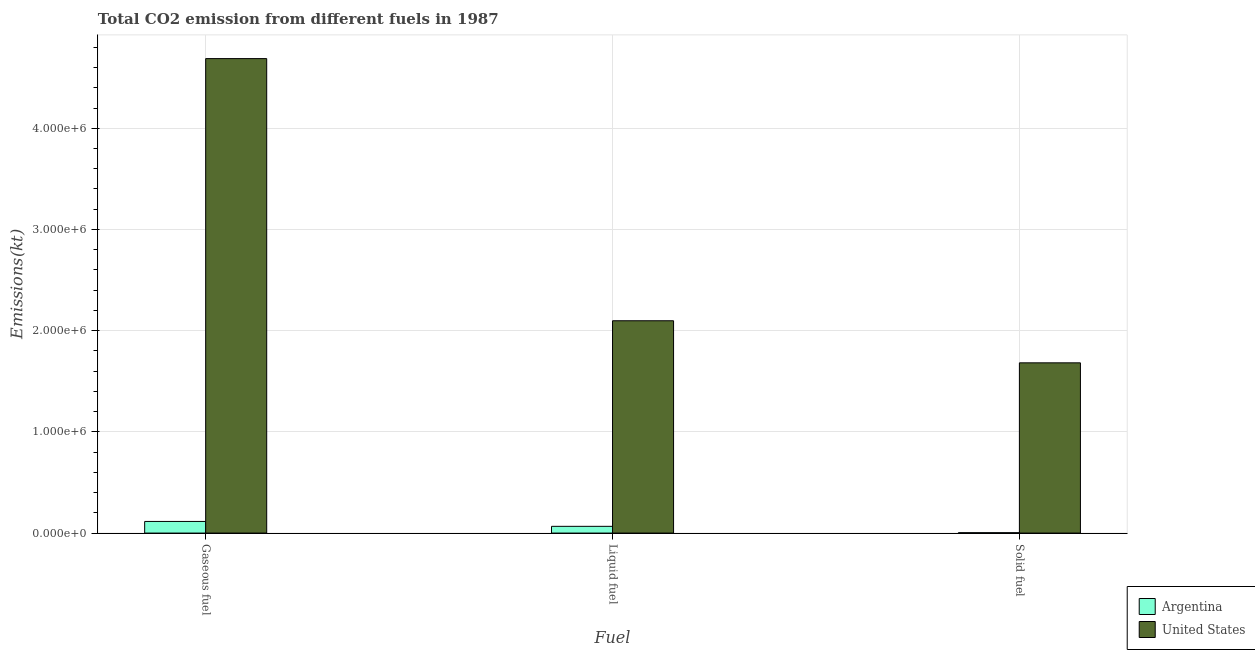
| Fuel | Argentina | United States |
 | --- | --- | --- |
 | Gaseous fuel | 1.15e+05 | 4.69e+06 |
 | Liquid fuel | 6.65e+04 | 2.1e+06 |
 | Solid fuel | 3.78e+03 | 1.68e+06 |